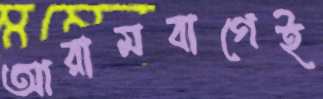
আরামবাগেই